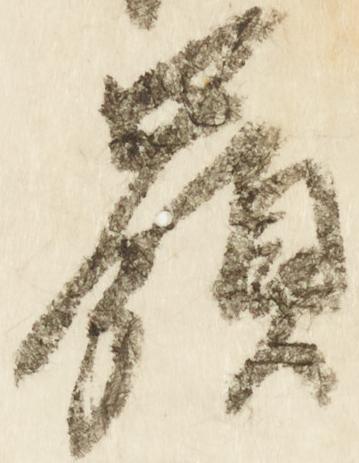
嶺